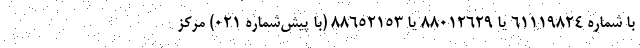
با شماره 61119824 یا 88012629 یا 88652153 (با پیش‌شماره 021) مرکز